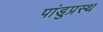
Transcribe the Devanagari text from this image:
पांडुप्रस्थ